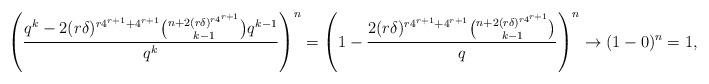
LaTeX: \begin{align*}\left(\frac{q^k-2(r\delta)^{r4^{r+1}+4^{r+1}}\binom{n+2 (r\delta)^{r4^{r+1}}}{k-1}q^{k-1}}{q^k}\right)^n=\left(1-\frac{2(r\delta)^{r4^{r+1}+4^{r+1}}\binom{n+2 (r\delta)^{r4^{r+1}}}{k-1}}{q}\right)^n \rightarrow (1-0)^n=1,\end{align*}